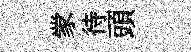
䝉待頭